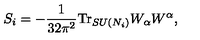
S _ { i } = - \frac { 1 } { 3 2 \pi ^ { 2 } } \mathrm { T r } _ { S U ( N _ { i } ) } W _ { \alpha } W ^ { \alpha } ,